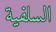
السلفية